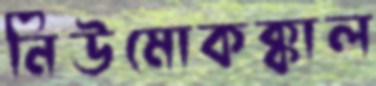
নিউমোকক্কাল